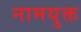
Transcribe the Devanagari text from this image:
नामयुक्त